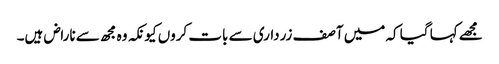
مجھے کہا گیا کہ میں آصف زرداری سے بات کروں کیونکہ وہ مجھ سے ناراض ہیں۔